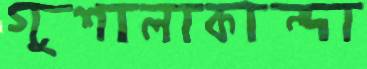
গুশালাকান্দা